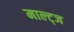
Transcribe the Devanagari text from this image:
माल्ट्ज